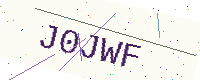
Text: J0JWF